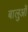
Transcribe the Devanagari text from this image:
बालुओं